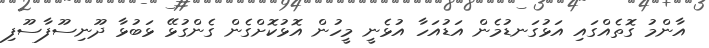
އާންމު ގޮތެއްގައި އަޅުގަނޑުމެން އަޑުއަހާ އުޅެނީ މީހުން އޮޅުކޮށްގެން ގެންގުޅޭ ޅަބުޅާ ދޫނިސޫފާސޫފި